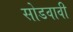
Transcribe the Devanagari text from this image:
सोडवावी